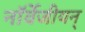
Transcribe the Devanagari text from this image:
नॉर्वेजीयन्